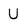
Character: U